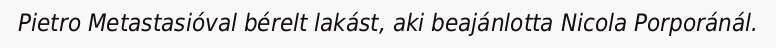
Pietro Metastasióval bérelt lakást, aki beajánlotta Nicola Porporánál.